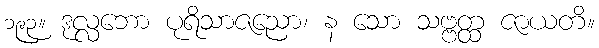
၁၉၃။ ဒုလ္လဘော ပုရိသာဇညော၊ န သော သဗ္ဗတ္ထ ဇာယတိ။